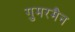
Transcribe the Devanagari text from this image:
गुमरमैन